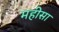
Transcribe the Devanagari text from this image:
महीसा